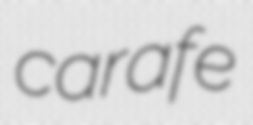
carafe